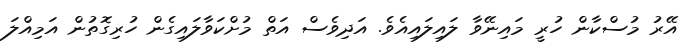
އޭރު މުސްކާން ހުރީ މައިނޭވާ ލައިލައިއެވެ. އަދިވެސް އަތް މުށްކަވާލައިގެން ހުރިގޮތުން އަމިއްލަ